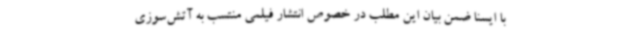
با ایسنا ضمن بیان این مطلب در خصوص انتشار فیلمی منتسب به آتش‌سوزی